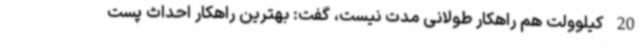
20 کیلوولت هم راهکار طولانی مدت نیست، گفت: بهترین راهکار احداث پست